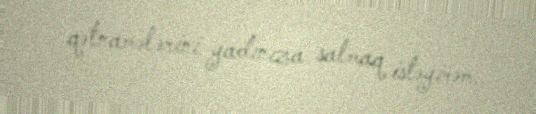
qətnamələrini yadınıza salmaq istəyirəm.